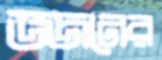
ভজনের